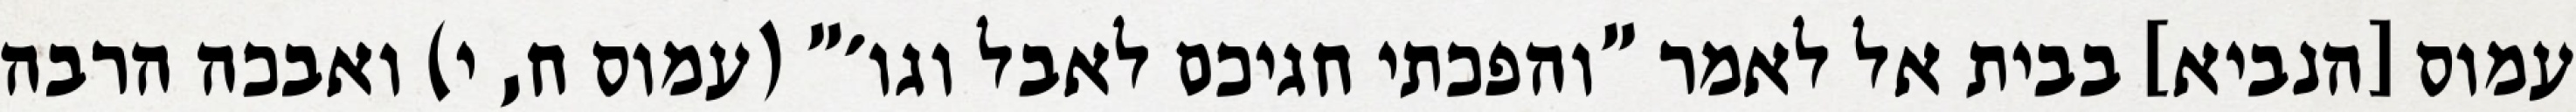
עמוס [הנביא] בבית אל לאמר "והפכתי חגיכם לאבל וגו׳" (עמוס ח, י) ואבכה הרבה